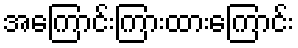
အကြောင်းကြားထားကြောင်း